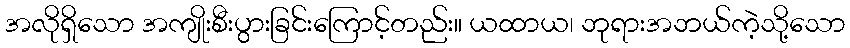
အလိုရှိသော အကျိုးစီးပွားခြင်းကြောင့်တည်း။ ယထာယ၊ ဘုရားအဘယ်ကဲ့သို့သော